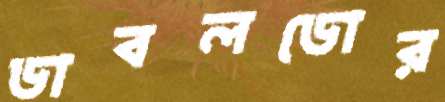
ডাবলডোর